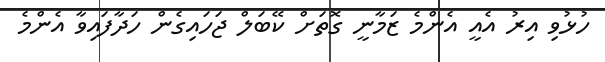
ހުޅުވި އިރު އެއީ އެންމެ ޒަމާނީ ގޮތަށް ކޭބަލް ޖަހައިގެން ހަދާފައިވާ އެންމެ